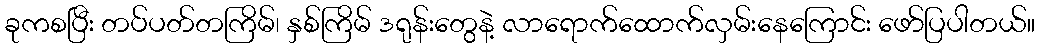
ခုကစပြီး တပ်ပတ်တကြိမ်၊ နှစ်ကြိမ် ဒရုန်းတွေနဲ့ လာရောက်ထောက်လှမ်းနေကြောင်း ဖော်ပြပါတယ်။